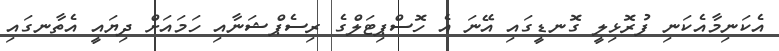
އެކަނިމާއެކަނި ފުރޮޅިލީ ގޮނޑީގައި އޭނަ އެ ހޮސްޕިޓަލްގެ ރިސެޕްޝަނާއި ހަމައަށް ދިޔައީ އެތާނގައި